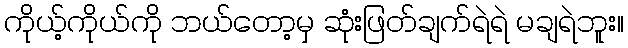
ကိုယ့်ကိုယ်ကို ဘယ်တော့မှ ဆုံးဖြတ်ချက်ရဲရဲ မချရဲဘူး။